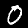
Label: 0